Causation and prevention of malarial fevers: a statement of the results of researches drawn up for the use of assistant surgeons, hospital assistants and students
Disease focus: Malaria
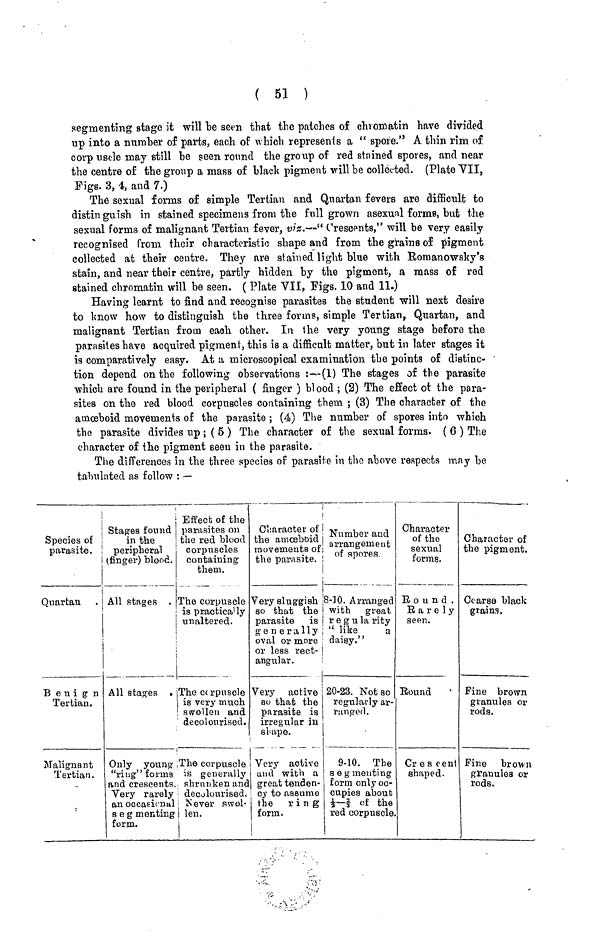
( 51 )
segmenting stage it will be seen that the patches of chromatin have divided
up into a number of parts, each of which represents a "spore." A thin rim of
corp uscle may still be seen round the group of red stained spores, and near
the centre of the group a mass of black pigment will be collected. (Plate VII,
Figs. 3, 4, and 7.)
The sexual forms of simple Tertian and Quartan fevers are difficult to
distin guish in stained specimens from the full grown asexual forms, but the
sexual forms of malignant Tertian fever, viz.-" Crescents," will be very easily
recognised from their characteristic shape and from the grains of pigment
collected at their centre. They are stained light blue with Romanowsky's
stain, and near their centre, partly hidden by the pigment, a mass of red
stained chromatin will be seen. ( Plate VII, Figs. 10 and 11.)
Having learnt to find and recognise parasites the student will next desire
to know how to distinguish the three forms, simple Tertian, Quartan, and
malignant Tertian from each other. In the very young stage before the
parasites have acquired pigment, this is a difficult matter, but in later stages it
is comparatively easy. At a microscopical examination the points of distinc-
tion depend on the following observations :—(1) The stages of the parasite
which are found in the peripheral ( finger ) blood ; (2) The effect of the para-
sites on the red blood corpuscles containing them ; (3) The character of the
amœboid movements of the parasite ; (4) The number of spores into which
the parasite divides up ; ( 5 ) The character of the sexual forms. ( 6 ) The
character of the pigment seen in the parasite.
The differences in the three species of parasite in the above respects may be
tabulated as follow : —
Species of
parasite.
Quartan
Benign
Tertian.
Malignant
Tertian.
Stages found
in the
peripheral
(finger) blood.
All stages .
All stages
Only young
"ring" forms
and crescents.
Very rarely
an occasional
segmenting
form.
Effect of the
parasites on
the red blood
corpuscles
containing
them.
The corpuscle
is practically
unaltered.
The corpuscle
is very much
swollen and
decolourised.
The corpuscle
is generally
shrunken and
decolourised.
Never swol-
len.
Character of
the amœboid
movements of
the parasite.
Very sluggish
so that the
parasite is
generally
oval or more
or less rect-
angular.
Very active
so that the
parasite is
irregular in
shape.
Very active
and with a
great tenden-
cy to assume
the ring
form.
Number and
arrangement
of spores
8-10. Arranged
with great
r e g u la rity
" like
a
daisy."
20-23. Not so
regularly ar-
ranged.
9-10. The
s e g menting
form only oc-
cupies about
½- of the
red corpuscle
Character
of the
sexual
forms.
Round.
Rarely
seen.
Round
Cr e s cent
shaped.
Character of
the pigment.
Coarse black
grains.
Fine brown
granules or
rods.
Fine brown
granules or
rods.